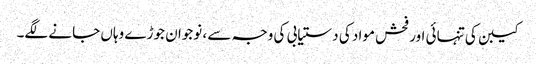
کیبن کی تنہائی اور فحش مواد کی دستیابی کی وجہ سے ، نوجوان جوڑے وہاں جانے لگے۔